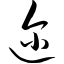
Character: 迩